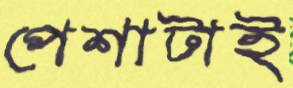
পেশাটাই